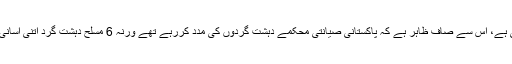
تیز روشنی کے برقی قمقمے لگائے گئے ہیں اور سرحد کی سخت نگرانی کی جاتی ہے، اِس سے صاف ظاہر ہے کہ پاکستانی صیانتی محکمے دہشت گردوں کی مدد کررہے تھے ورنہ 6 مسلح دہشت گرد اتنی آسانی سے سرحد پار کرکے پٹھان کوٹ فوجی فضائی اڈے پر حملہ نہیں کرسکتے تھے۔